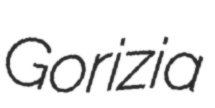
Gorizia